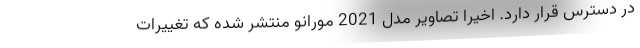
در دسترس قرار دارد. اخیرا تصاویر مدل 2021 مورانو منتشر شده که تغییرات